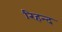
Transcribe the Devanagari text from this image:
रिहन्‍द